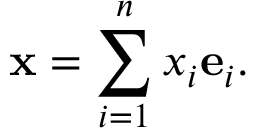
\mathbf { x } = \sum _ { i = 1 } ^ { n } x _ { i } \mathbf { e } _ { i } .